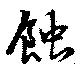
蝕